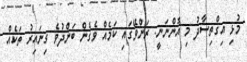
މުޅި އިގްތިސާދު މި އޮންނަނީ. ރަންވޭގައި ކަމެއް ވެގެން ބަންދުވެ ގިނައިރު ތަކެއް